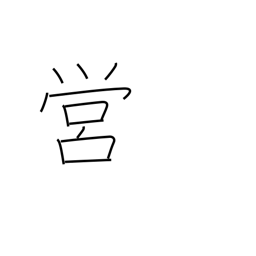
Meaning: camp